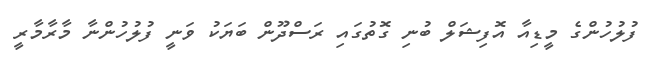
ފުލުހުންގެ މީޑިއާ އޮފިޝަލް ބުނި ގޮތުގައި ރަސްދޫން ބަޔަކު ވަނީ ފުލުހުންނާ މާރާމާރީ